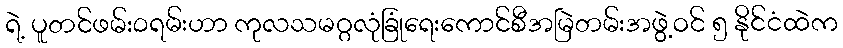
ရဲ့ ပူတင်ဖမ်း၀ရမ်းဟာ ကုလသမဂ္ဂလုံခြုံရေးကောင်စီအမြဲတမ်းအဖွဲ့ဝင် ၅ နိုင်ငံထဲက